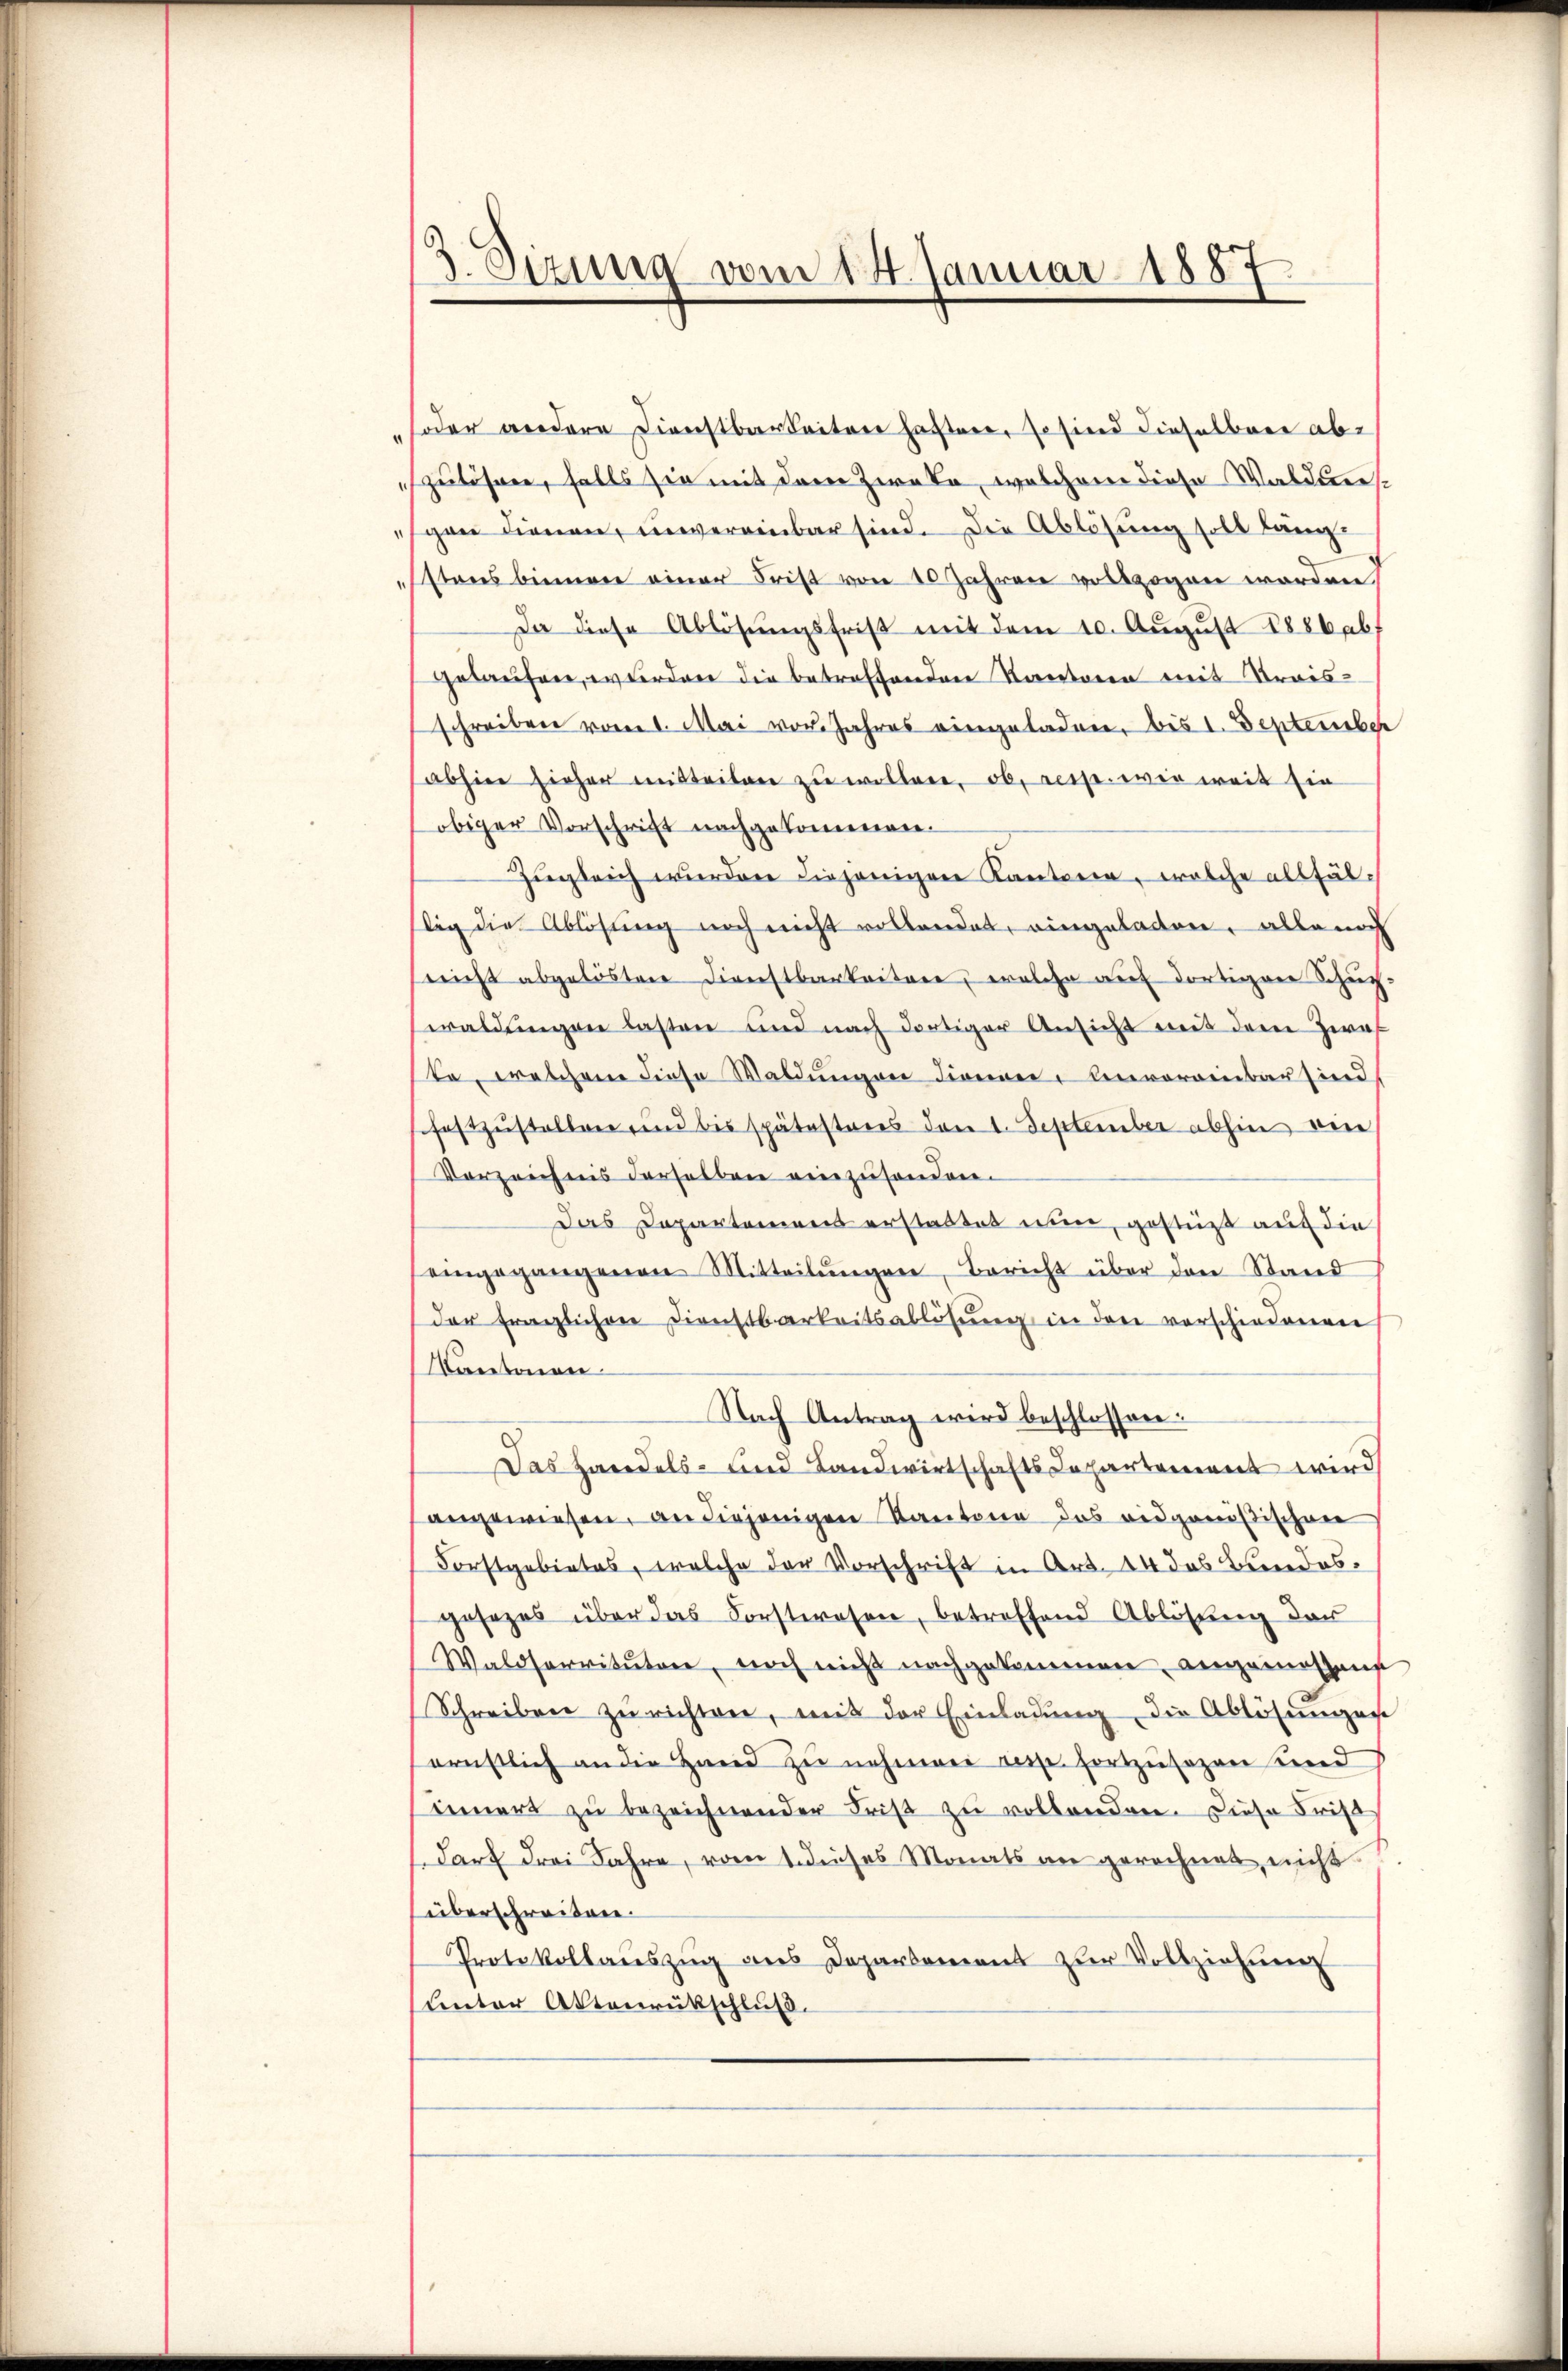
3 Sirung vom 14. Januar 1887.

oder andere Dienstbarkeitere haftere, so sind dieselbare abzulösner, falls sie mit dem Zweke, welchem diese Waldensgen dienen, unvereinbar sind. Die Ablösung soll längstones binnen einer Frist von 10 Jahren vollzogen worden
Da diese Ablösungsfrist mit dem 10. Aŭgŭst 1886 abf
gelaufen, wurden die betreffenden Kantoren mit Kraisschreiben vom 1. Mai von Jahres eingeladen, bis 1. September
abhin sieher einsteilen zŭ wollen, ob, resp. wie weit sie
obiger Vorschrift nachgekommenen.
Zugleich wurden diejenigen Kantonen, welche allfällig die Ablösung noch nicht vollendet, eingeladen, alle noch
reicht abgelösten Dienstbarkeitere, welche auf dortigen Schupwaldŭngen lasten und nach dortiger Ansicht mit dem Zwei
te, welchene diese Waldungen dienen, Unvoreinbar sind
schaftzustellen und bis spätestens den 1. September abhin eine
Vorzeichnis derselben einzusenden.
Das Departement erstattet nun, gestüzt auf die
eingegangenen Mitteilŭngen, Bericht über den Stand
der fraglichen Dienstbarkeitsablösŭng in den verschiedenen
Kantonen.
Nach Antrag wird beschlossen.
Das Handels- und Landwirtschaftsdepartement wird
angewiesen, an diejenigen Kantone das eidgenößischen
Forstgebietes, welche der Vorschrift in Art. 44 das Bundesgesezes über das Forstwesen, betreffend Ablösung der
Waldservitutore, noch nicht nachgekommen, angemessen
Schreiben zŭ richten, mit der Einladŭng die Ablösungen
ernstlich an die Hand zŭ nehmen resp. fortzŭsezen und
innert zu bezeichnender Frist zu vollenden. Diese Frist
darf drei Jahre, vom 1. dieses Monats an gerechnet, nicht
überschreiten.
Protokollaŭszŭg ans Departement zŭr Vollziehŭng
unter Aktenrückschluß.